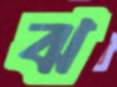
ঝ